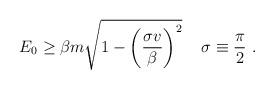
LaTeX: \begin{align*}E_0\ge\beta m\sqrt{1-\left(\frac{\sigma v}{\beta}\right)^{2}}\,\quad\sigma\equiv\frac{\pi}{2}\ .\end{align*}